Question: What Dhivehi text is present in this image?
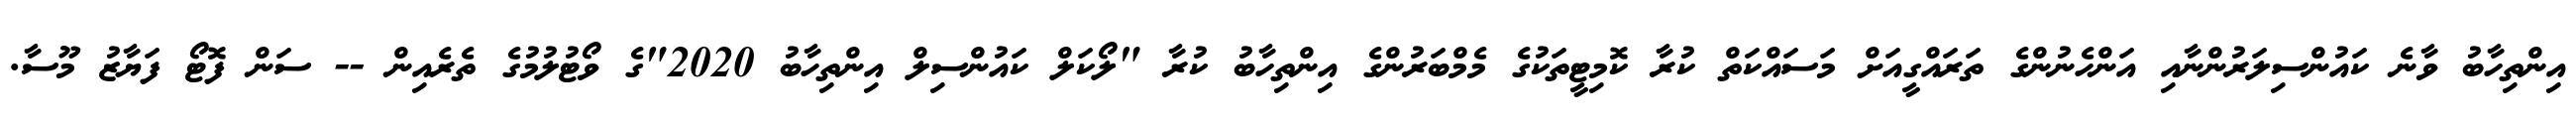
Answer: އިންތިހާބު ވާނެ ކައުންސިލަރުންނާއި އަންހެނުންގެ ތަރައްގީއަށް މަސައްކަތް ކުރާ ކޮމިޓީތަކުގެ މެމްބަރުންގެ އިންތިހާބު ކުރާ "ލޯކަލް ކައުންސިލް އިންތިހާބު 2020"ގެ ވޯޓުލުމުގެ ތެރެއިން -- ސަން ފޮޓޯ ފަޔާޒު މޫސާ.